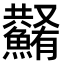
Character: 𩼮